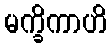
မက္ခိကာဟိ